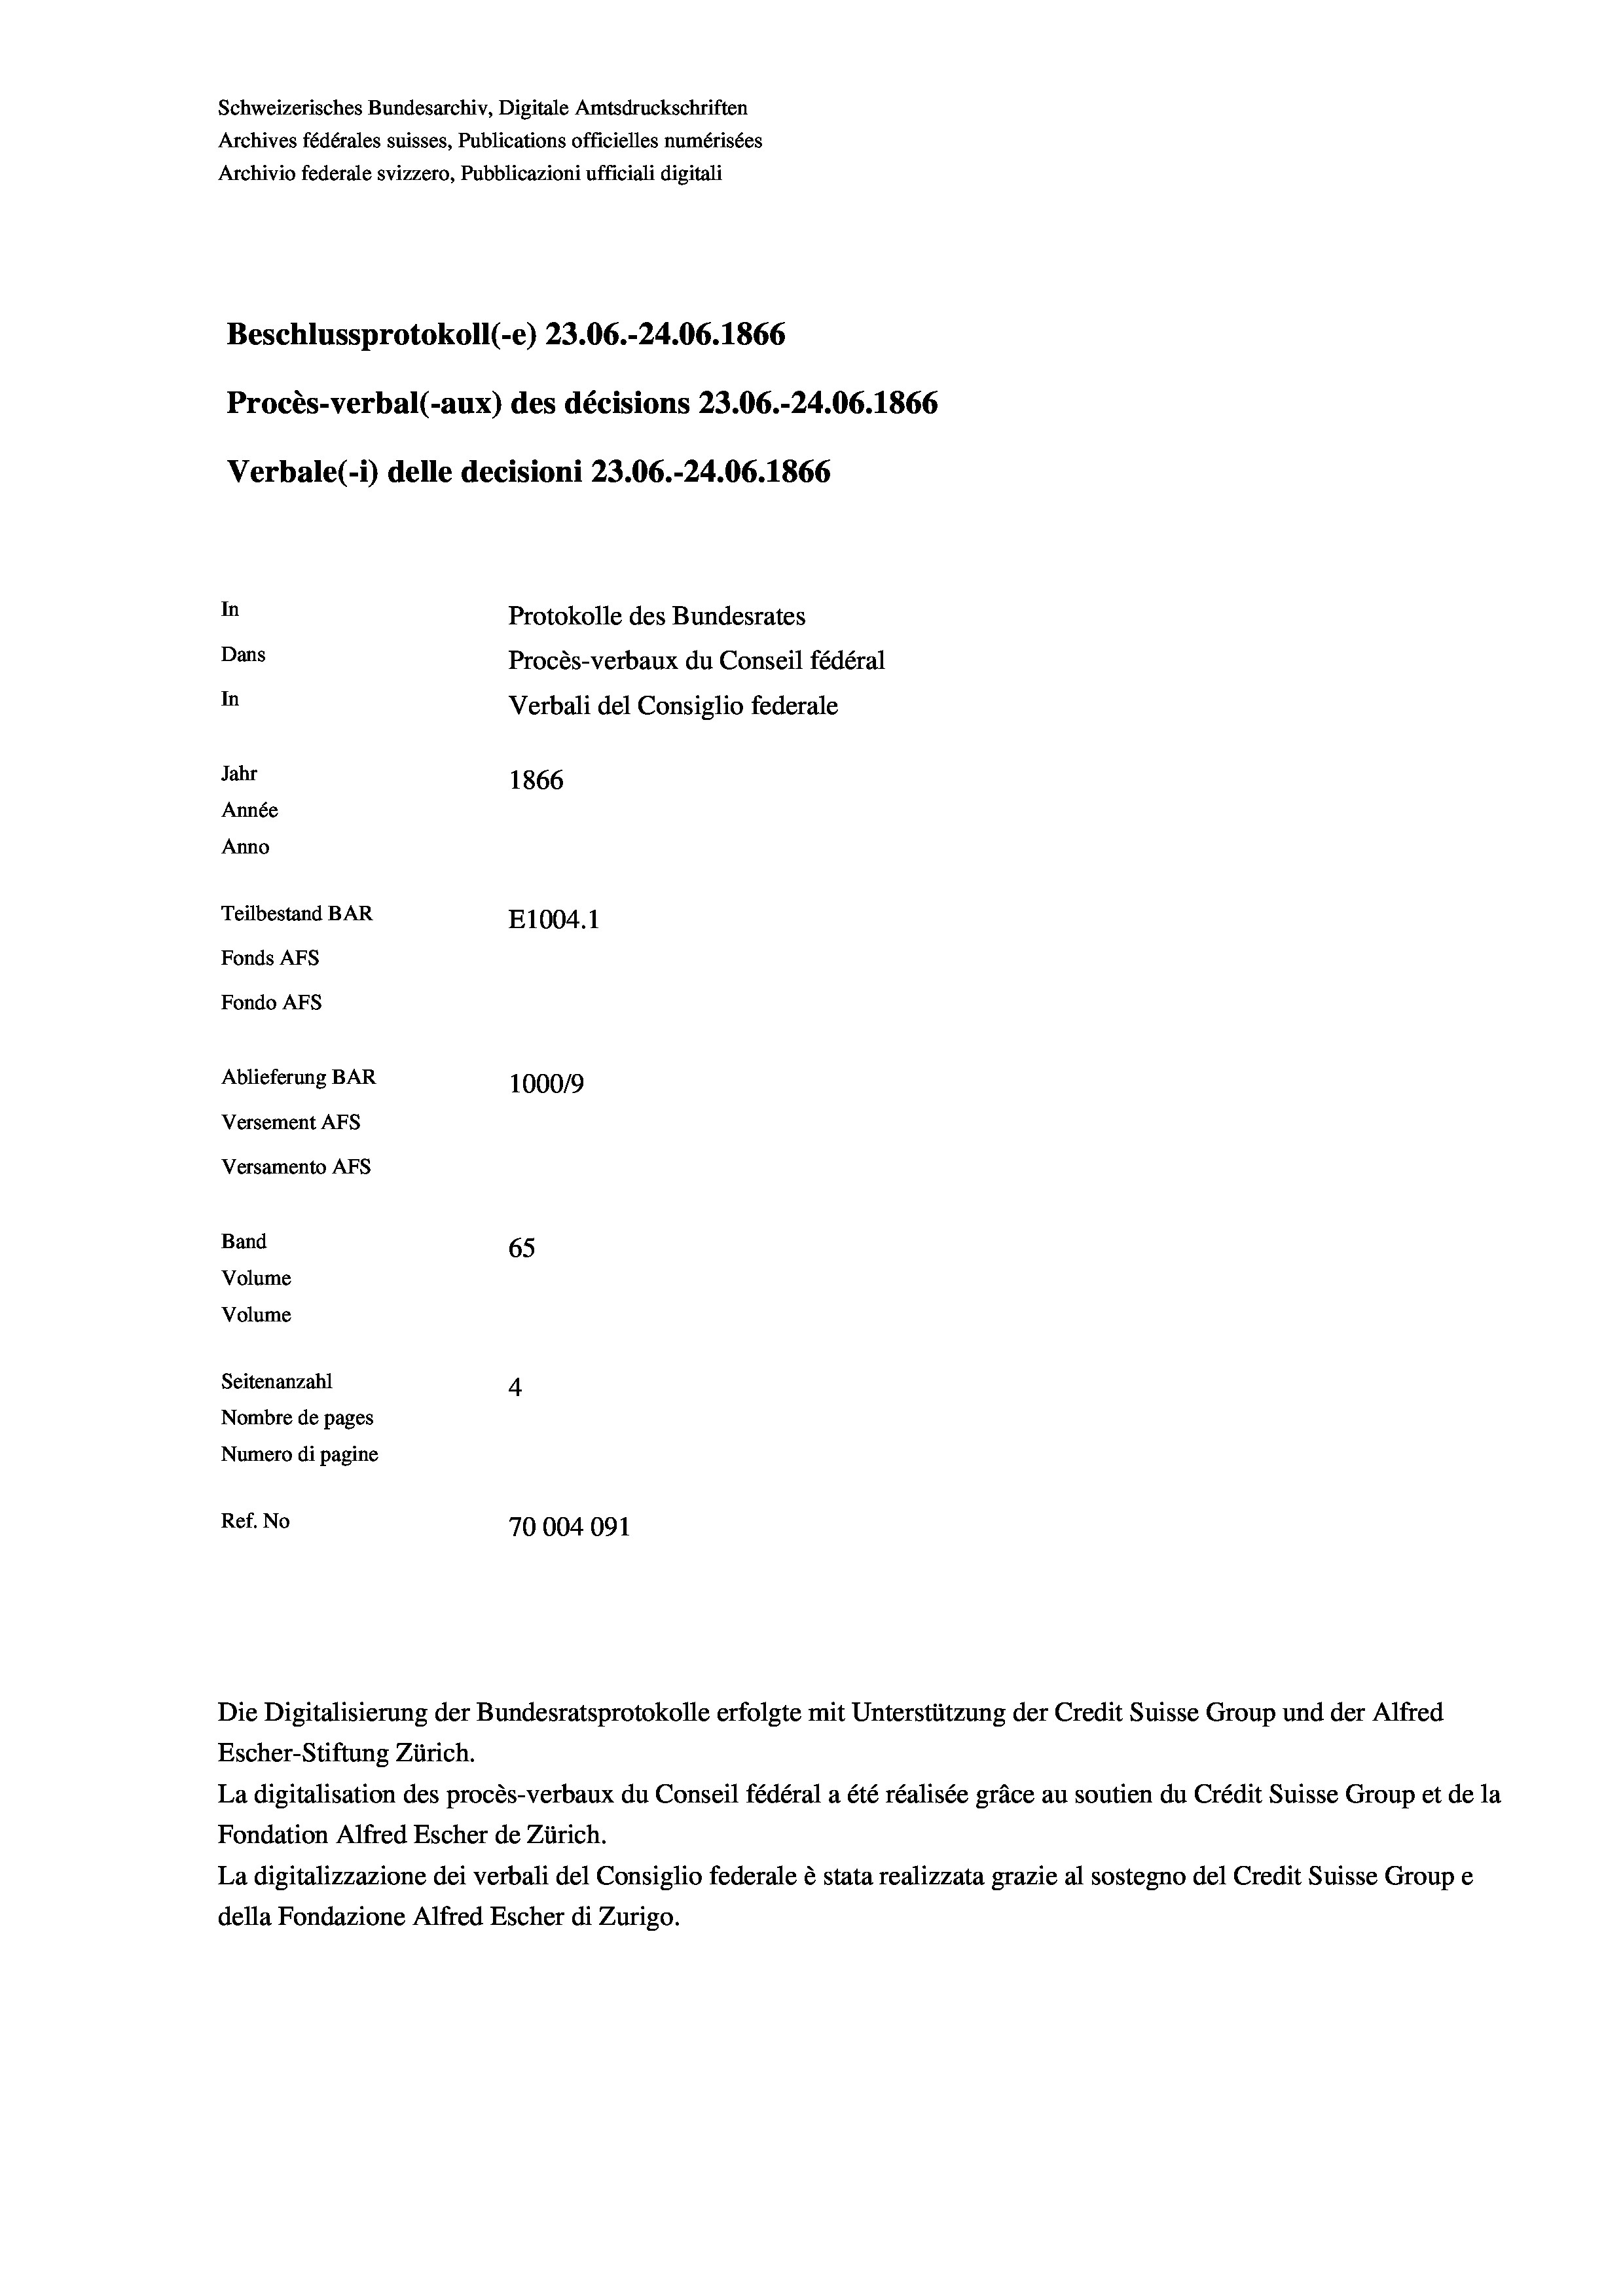
Schweizerisches Bundesarchiv, Digitale Amtsdruckschriften
Archives fédérales suisses, Publications officielles numérisées
Archivio federale svizzero, Pubblicazioni ufficiali digitali
Beschlussprotokoll (-e) 23.06.-24.06. 1866
Procès-verbal (-aux) des décisions 23.06.-24.06. 1866
Verbale (i) delle decisioni 23.06.-24.06. 1866
In
Protokolle des Bundesrates
Dans
Procès-verbaux du Conseil fédéral
In
Verbali del Consiglio federale
Jahr
1866
Année
Anno
Teilbestand BAR
E1004.1
Fonds AFs
Fondo Afs
Ablieferung BAR
100019
Versement As
Versamento AFs
Band

Volume

Escher-Stiftung Zürich.
La digitalisation des procès-verbaux du Conseil fédéral a été réalisée gräce au soutien du Crédit Suisse Group et de la
Fondation Alfred Escher de Zürich.
La digitalizzazione dei verbali del Consiglio federale è stata realizzata grazie al sostegno del Credit Suisse Groupe
della Fondazione Alfred Escher di Zurigo.

Volume
Ref. No

65
Seitenanzahl
4
Nombre de pages
Numero di pagine
70004091

Die Digitalisierung der Bundesratsprotokolle erfolgte mit Unterstützung der Credit Suisse Group und der Alfred